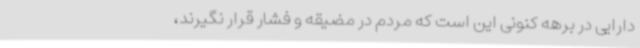
دارایی در برهه کنونی این است که مردم در مضیقه و فشار قرار نگیرند،